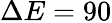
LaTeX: \Delta E=90